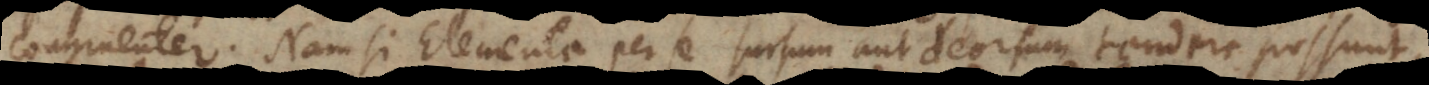
congruenter. Nam si Elementa per se sursum aut deorsum tendere possunt,